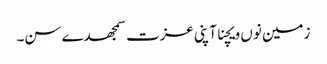
زمین نوں ویچنا آپنی عزت سمجھدے سن۔